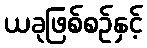
ယခုဖြစ်စဉ်နှင့်